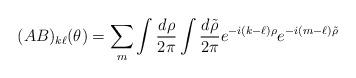
LaTeX: \begin{align*}(AB)_{k\ell}(\theta)=\sum_m\int {d\rho\over 2\pi}\int {d\tilde{\rho} \over 2\pi} e^{-i(k-\ell)\rho}e^{-i(m-\ell)\tilde{\rho}}\end{align*}